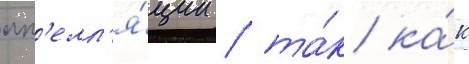
ап'елл'я́ции / та́к ка́к